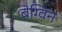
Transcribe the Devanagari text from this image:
बेग्विन